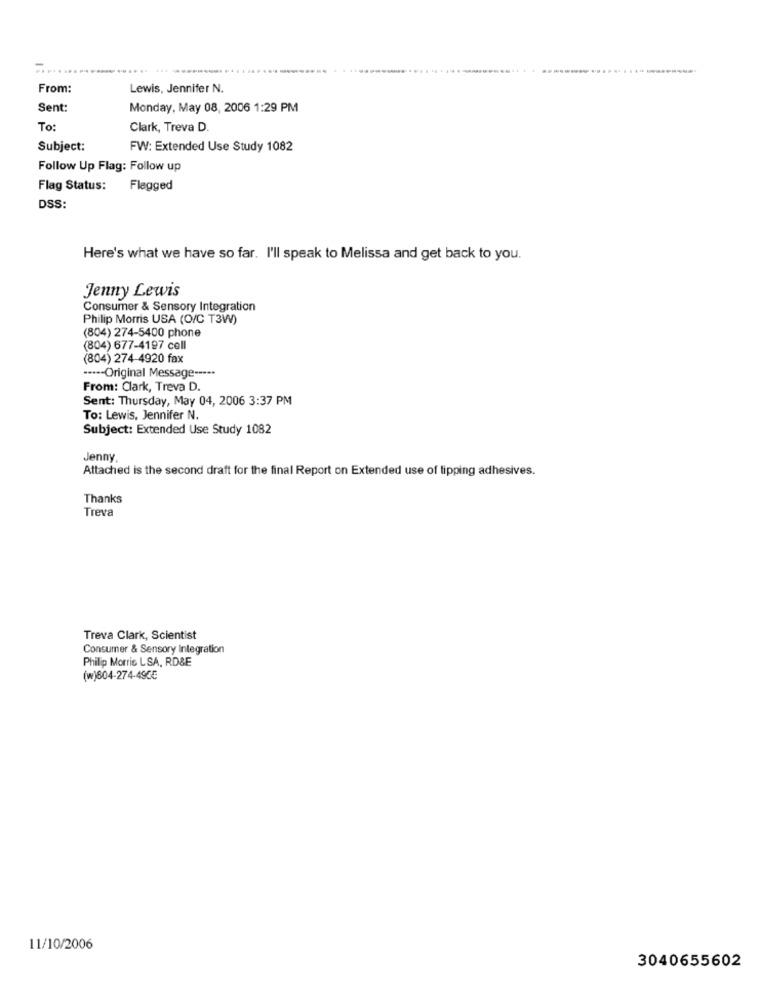
From:
Lewis, Jennifer N.
Sent:
Monday, May 08, 2006 1:29 PM
To:
Clark, Treva D.
Subject:
FW: Extended Use Study 1082
Follow Up Flag: Follow up
Flag Status:
Flagged
DSS:
Here's what we have so far. I'll speak to Melissa and get back to you.
Jenny Lewis
Consumer & Sensory Integration
Philip Morris USA (O/C T3W)
(804) 274-5400 phone
(804) 677-4197 cell
(804) 274-4920 fax
····- Original Message ---**
From: Clark, Treva D.
Sent: Thursday, May 04, 2006 3:37 PM
To: Lewis, Jennifer N.
Subject: Extended Use Study 1082
Jenny
Attached is the second draft for the final Report on Extended use of tipping adhesives.
Thanks
Treva
Treva Clark, Scientist
Consumer & Sensory Integration
Philip Morris LSA, RD&E
(w)804-274-490€
11/10/2006
3040655602